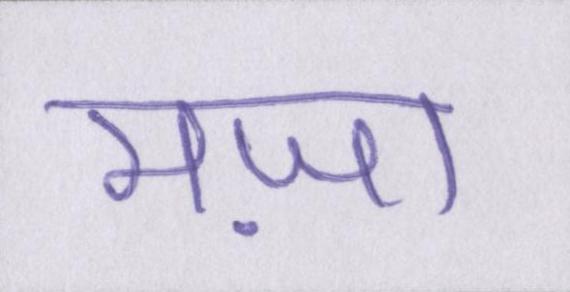
मज़ा